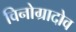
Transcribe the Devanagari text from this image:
विनोग्रादोव